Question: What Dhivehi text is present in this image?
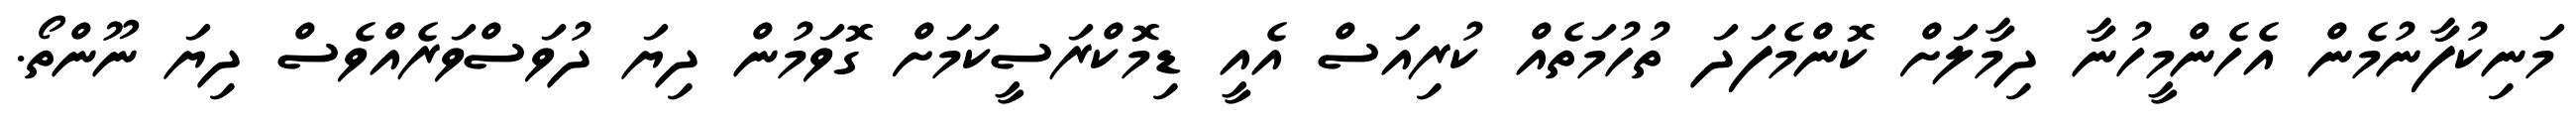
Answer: މަނިކުފާނުމެން އެހެންމީހުނާ ދިމާލަށް ކޮންމެފަދަ ތުހުމަތެއް ކުރިއަސް އެއީ ޑިމޮކްރަސީކަމަށް ގޮވަމުން ދިޔަ ދުވަސްވަރެއްވެސް ދިޔަ ނޫންތޯ.